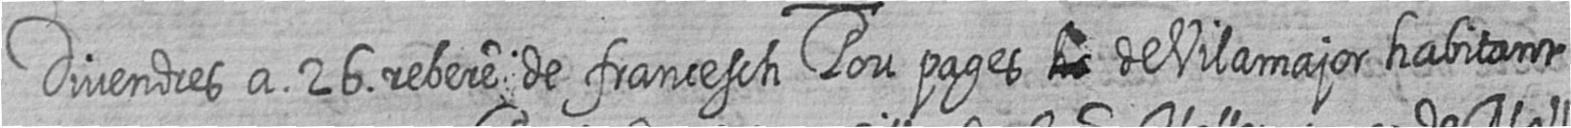
Divendres a 26 rebere de francesch Pou pages # de Vilamajor habitant